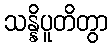
သန္နိပူတိတွာ